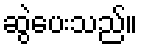
ဆွဲပေးသည်။